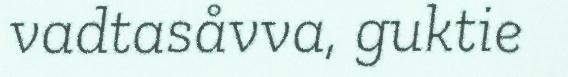
vadtasåvva, guktie